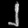
Digit: ၂